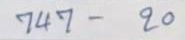
747 - 20